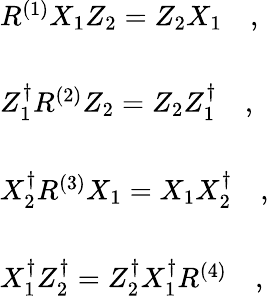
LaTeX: \begin{array}{l}{{R^{(1)}X_{1}Z_{2}=Z_{2}X_{1}\quad,}}\\ {{\, }}\\ {{Z_{1}^{\dagger}R^{(2)}Z_{2}=Z_{2}Z_{1}^{\dagger}\quad,}}\\ {{\, }}\\ {{X_{2}^{\dagger}R^{(3)}X_{1}=X_{1}X_{2}^{\dagger}\quad,}}\\ {{\, }}\\ {{X_{1}^{\dagger}Z_{2}^{\dagger}=Z_{2}^{\dagger}X_{1}^{\dagger}R^{(4)}\quad,}}\end{array}